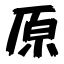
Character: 原